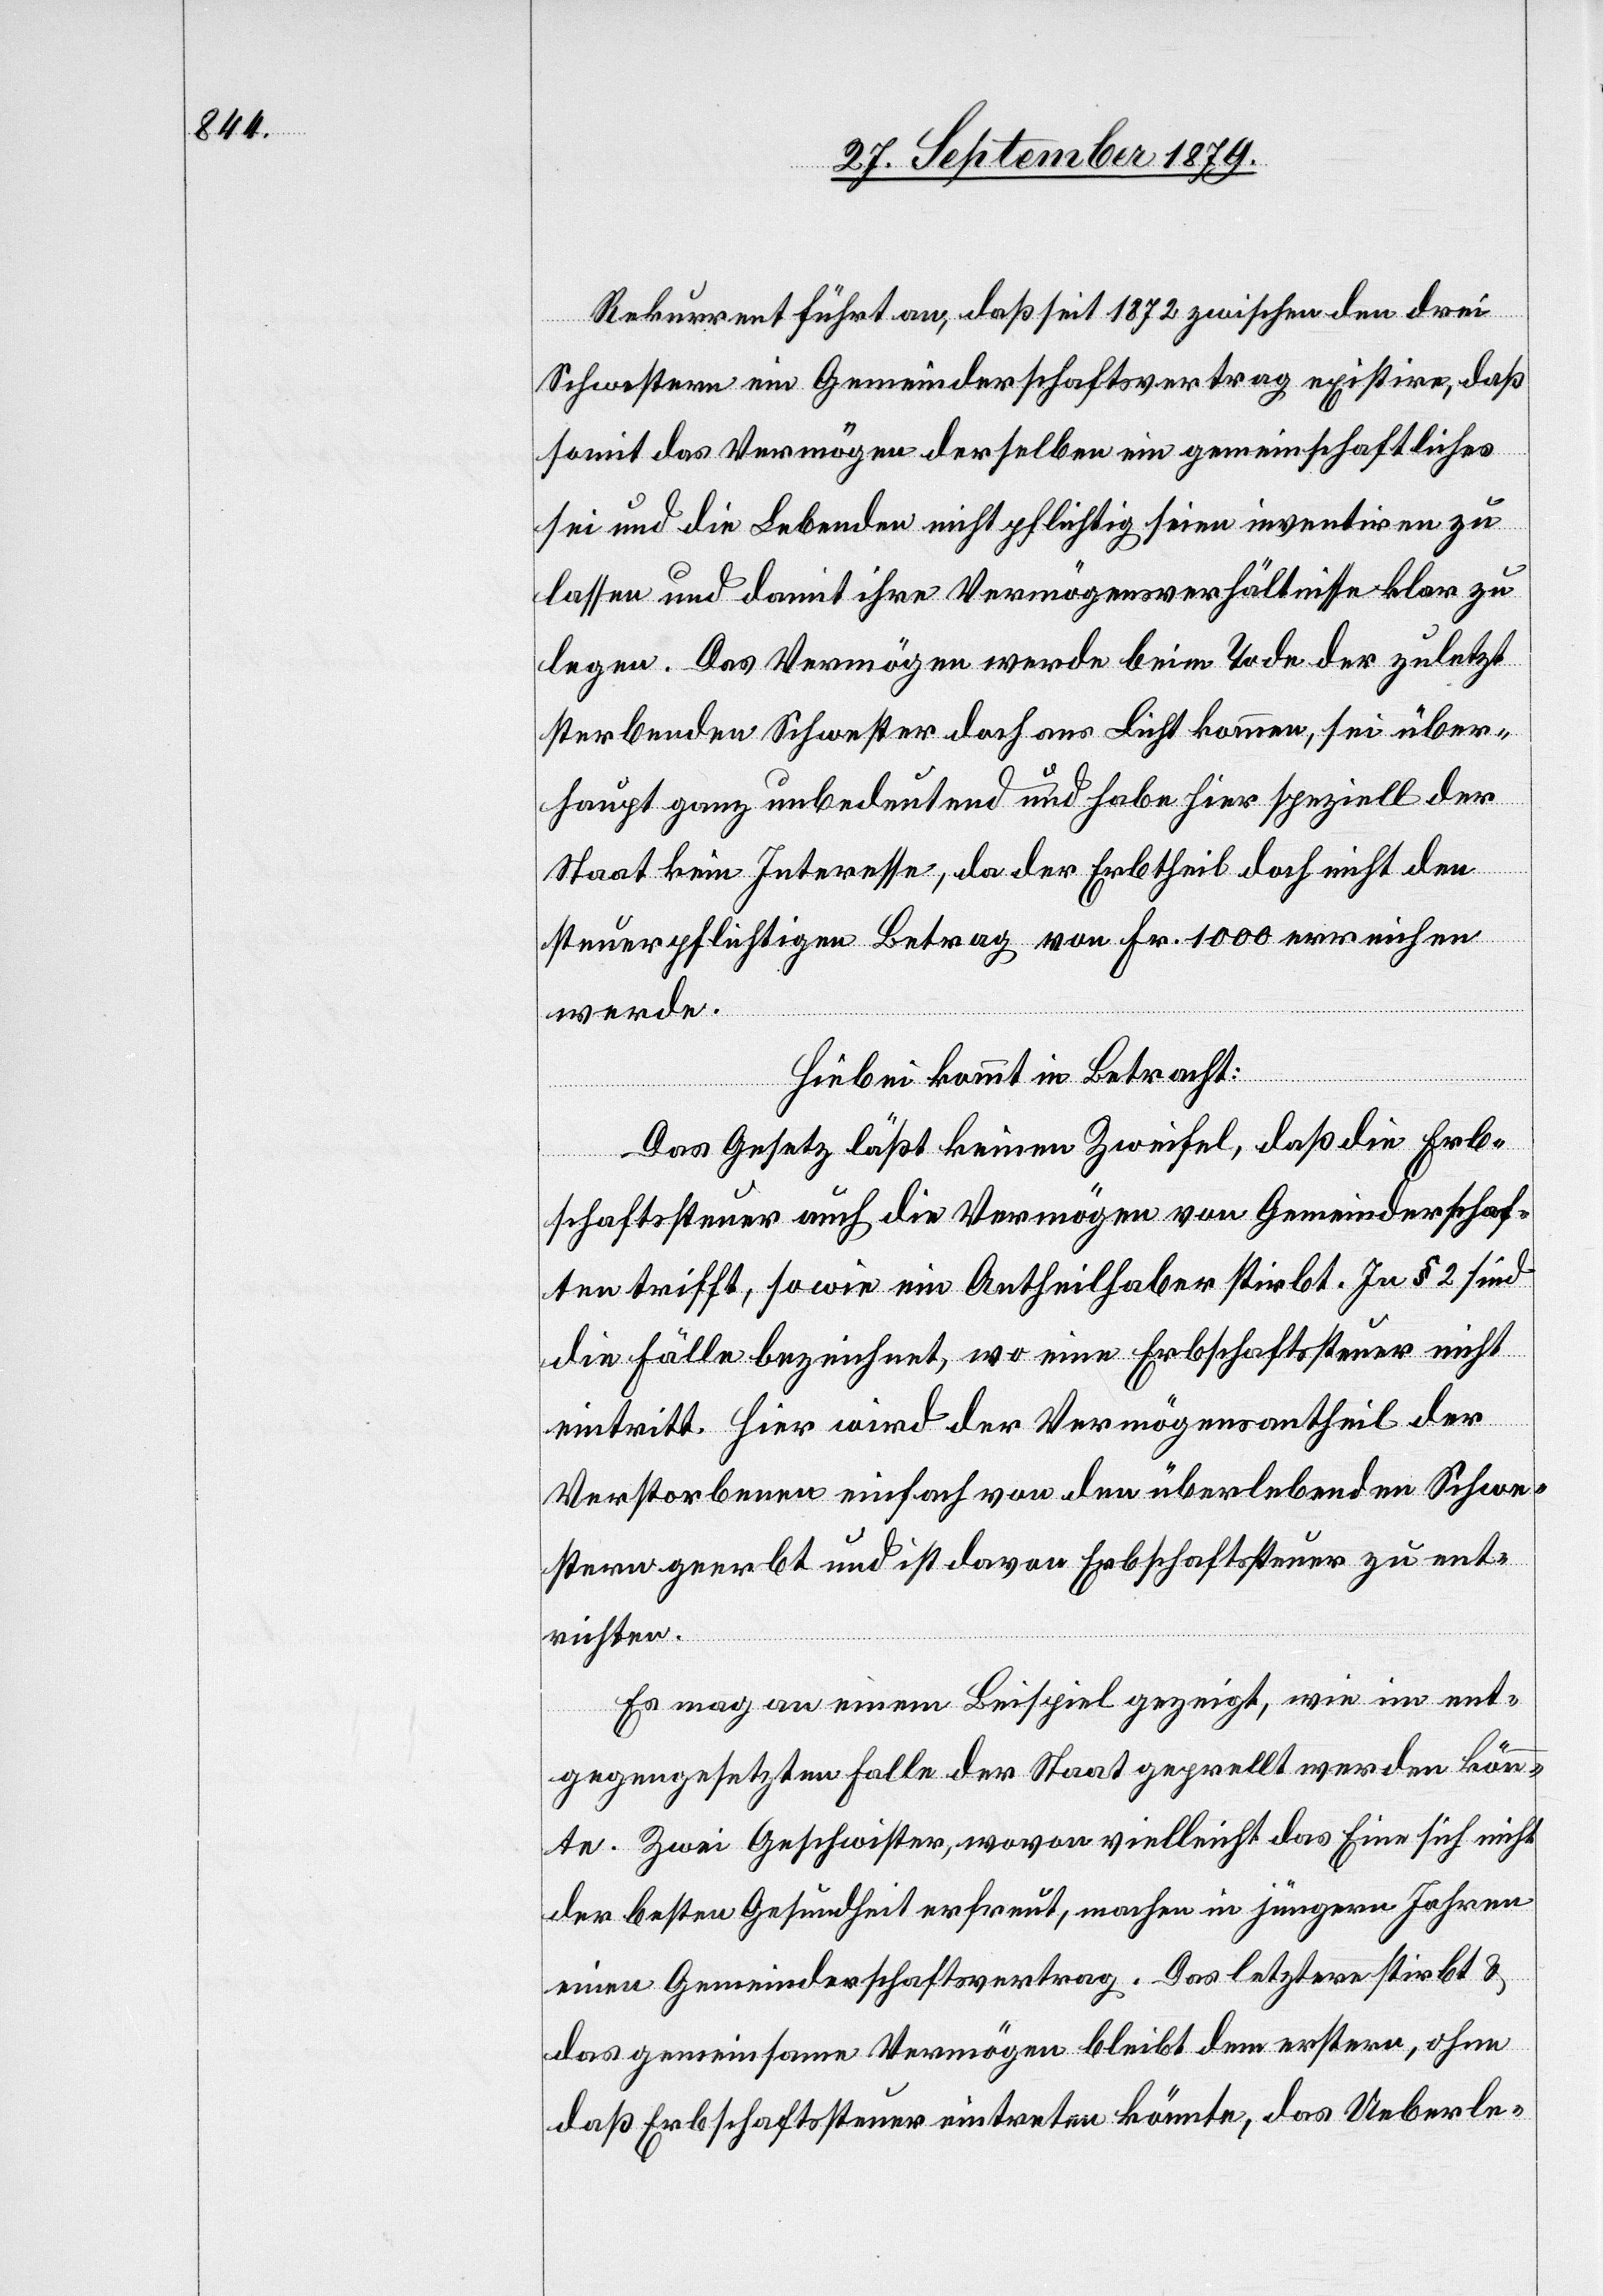
Rekurrent führt an, daß seit 1872 zwischen den drei
Schwestern ein Gemeinderschaftsvertrag existire, daß
somit das Vermögen derselben ein gemeinschaftliches
sei und die Lebenden nicht pflichtig seien inventiren zu
lassen und damit ihre Vermögensverhältnisse klar zu
legen. Das Vermögen werde beim Tode der zuletzt
sterbenden Schwester doch ans Licht kommen, sei über¬
haupt ganz unbedeutend und habe hier speziell der
Staat kein Interesse, da der Erbtheil doch nicht den
steuerpflichtigen Betrag von Fr. 1000 erreichen
werde.
Hiebei kommt in Betracht:
Das Gesetz läßt keinen Zweifel, daß die Erb¬
schaftssteuer auch die Vermögen von Gemeinderschaf¬
ten trifft, so wie ein Antheilhaber stirbt. In § 2 sind
die Fälle bezeichnet, wo eine Erbschaftssteuer nicht
eintritt. Hier wird der Vermögensantheil der
Verstorbenen einfach von den überlebenden Schwe¬
stern geerbt und ist davon Erbschaftssteuer zu ent¬
richten.
Es mag an einem Beispiel gezeigt, wie im ent¬
gegengesetzten Falle der Staat geprellt werden könn¬
te. Zwei Geschwister, wovon vielleicht das Eine sich nicht
der besten Gesundheit erfreut, machen in jüngern Jahren
einen Gemeinderschaftsvertrag. Das letztere stirbt &
das gemeinsame Vermögen bleibt dem erstern, ohne
daß Erbschaftssteuer eintreten könnte, das Ueberle-